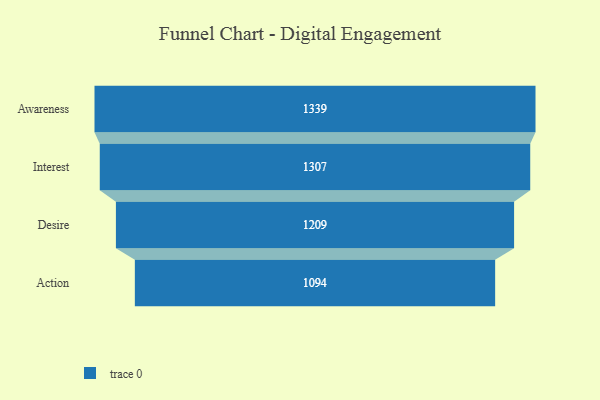
{"axis": {"x": "Stage", "y": "Value"}, "legend": [""], "data": [{"x": "Awareness", "y": 1339.0, "type": ""}, {"x": "Interest", "y": 1307.0, "type": ""}, {"x": "Desire", "y": 1209.0, "type": ""}, {"x": "Action", "y": 1094.0, "type": ""}]}